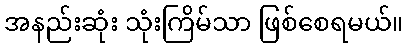
အနည်းဆုံး သုံးကြိမ်သာ ဖြစ်စေရမယ်။